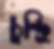
চুন্দ্রি